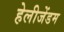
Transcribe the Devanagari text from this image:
हेलीजेंडम